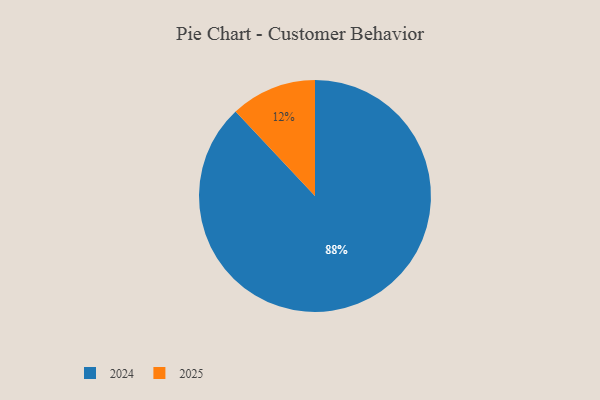
{"axis": {"x": "Category", "y": "Percentage"}, "legend": ["2024", "2025"], "data": [{"x": "2024", "y": 88, "type": "2024"}, {"x": "2025", "y": 12, "type": "2025"}]}